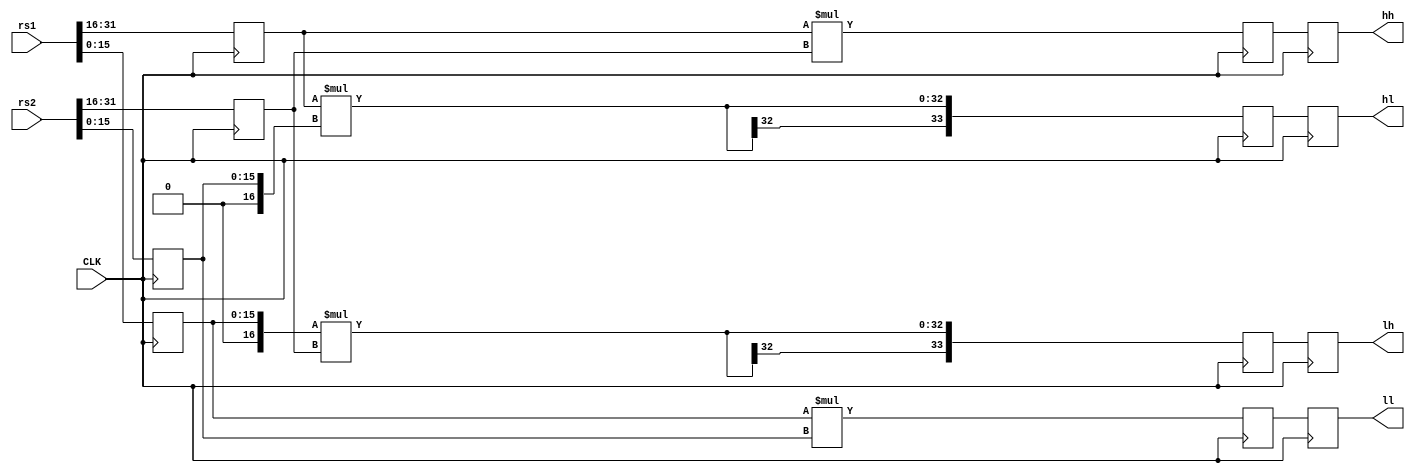
module mulh_pre ( // latency 4
    input wire [31:0] rs1,
    input wire [31:0] rs2,
    output reg [31:0] ll,
    output reg [33:0] lh,
    output reg [33:0] hl,
    output reg [31:0] hh,
    input wire CLK);

    reg signed [15:0] ha1, ha2; // 31:16
    reg [15:0] lo1, lo2;

    wire signed [16:0] lo1x, lo2x;
    assign lo1x = {1'b0, lo1};
    assign lo2x = {1'b0, lo2};

    wire signed [16:0] ha1x, ha2x;
    assign ha1x = {ha1[15], ha1};
    assign ha2x = {ha2[15], ha2};

    reg [31:0] lolo [0:0]; // 31:0
    reg [33:0] loha [0:0]; // 48:16
    reg [33:0] halo [0:0]; // 48:16
    reg [31:0] haha [0:0]; // 63:32
/*
    reg [31:0] lolo ; // 31:0
    reg [33:0] loha ; // 48:16
    reg [33:0] halo ; // 48:16
    reg [31:0] haha ; // 63:32
*/


    always @(posedge CLK) begin
        {ha1, lo1} <= rs1;
        {ha2, lo2} <= rs2;
        
        lolo[0] <= lo1 * lo2;
        loha[0] <= lo1x * ha2x;
        halo[0] <= ha1x * lo2x;
        haha[0] <= ha1 * ha2;

        ll <= lolo[0];
        lh <= loha[0];
        hl <= halo[0];
        hh <= haha[0];
        
    end
endmodule
module mulh (
    input wire [31:0] rs1,
    input wire [31:0] rs2,
    output reg [31:0] rd,
    input clk);

    wire [31:0] ll;
    wire [33:0] lh;
    wire [33:0] hl;
    wire [31:0] hh;

    mulh_pre mp (rs1, rs2, ll, lh, hl, hh, clk);

    reg [33:0] lower;
    reg [31:0] higher1, higher2;

    always @(posedge clk) begin
        
        lower[15:0] <= ll[15:0];
        lower[33:16] <= {2'd0, ll[31:16]} + {2'd0, lh[15:0]} + {2'd0, hl[15:0]};
        higher1 <= {{14{lh[33]}}, lh[33:16]} + {{14{hl[33]}}, hl[33:16]};
        higher2 <= hh;
        

        rd <= higher1 + higher2 + {30'd0, lower[33:32]};
    end
endmodule
/*

module mulh (
    input wire [31:0] rs1,
    input wire [31:0] rs2,
    output reg [31:0] rd,
    input clk);

    reg [31:0] b1, b2;

    always @(posedge clk) begin
    end
endmodule
*/